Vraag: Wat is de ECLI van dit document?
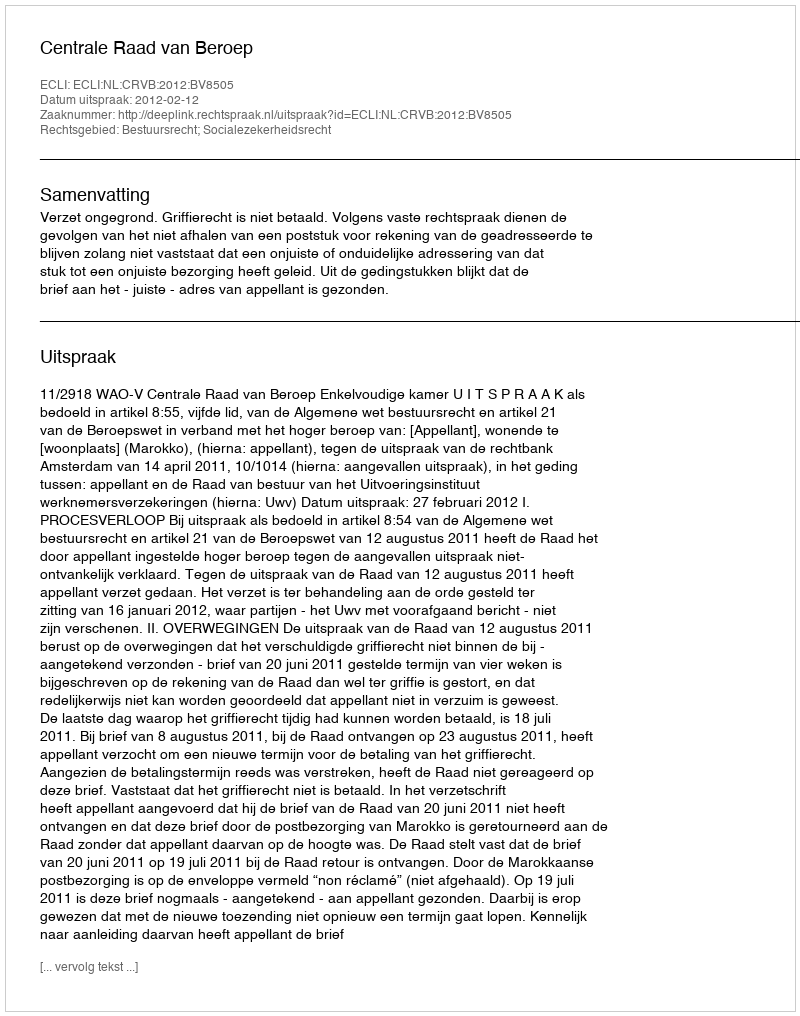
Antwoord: ECLI:NL:CRVB:2012:BV8505